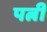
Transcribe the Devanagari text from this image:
पत्नीं